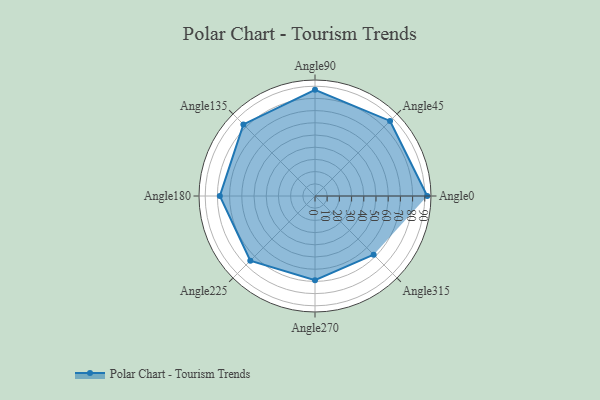
{"axis": {"x": "Angle", "y": "Radius"}, "legend": [""], "data": [{"x": "Angle0", "y": 92.0, "type": ""}, {"x": "Angle45", "y": 87.0, "type": ""}, {"x": "Angle90", "y": 87.0, "type": ""}, {"x": "Angle135", "y": 83.0, "type": ""}, {"x": "Angle180", "y": 78.0, "type": ""}, {"x": "Angle225", "y": 75.0, "type": ""}, {"x": "Angle270", "y": 69.0, "type": ""}, {"x": "Angle315", "y": 68.0, "type": ""}]}